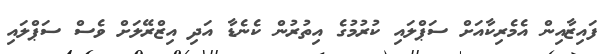
ފައިޒާއިން އެމެރިކާއަށް ސަޕްލައި ކުރުމުގެ އިތުރުން ކެނެޑާ އަދި އިޒްރޭލަށް ވެސް ސަޕްލައި